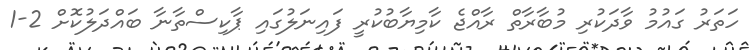
ހަތަރު ގައުމު ވާދަކުރި މުބާރާތް ރާއްޖެ ކާމިޔާބުކުރީ ފައިނަލުގައި ޕާކިސްތާނާ ބައްދަލުކޮށް 2-1